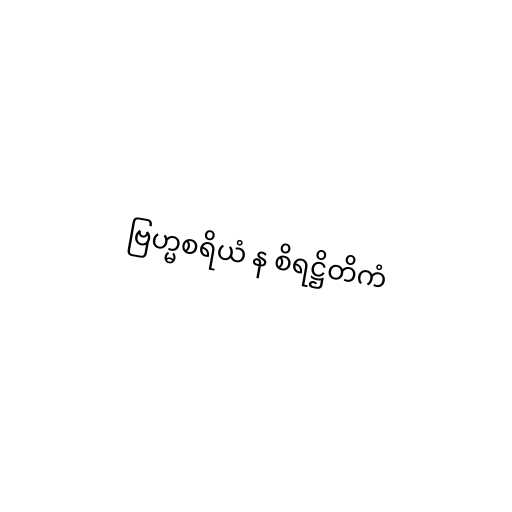
ဗြဟ္မစရိယံ န စိရဋ္ဌိတိကံ